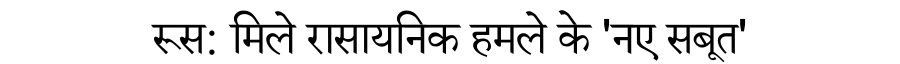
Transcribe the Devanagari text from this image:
रूस: मिले रासायनिक हमले के 'नए सबूत'